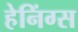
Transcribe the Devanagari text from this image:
हेनिंग्स